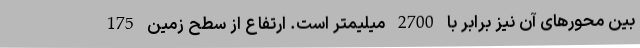
بین محورهای آن نیز برابر با 2700 میلیمتر است. ارتفاع از سطح زمین 175